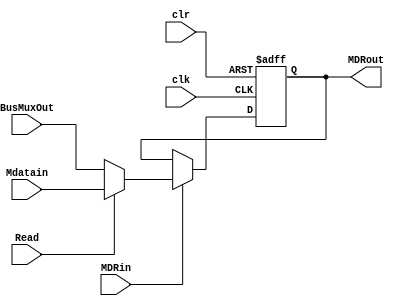
// `include "Modules/mux21_32bit.v"
// `include "Modules/dff_32bit.v"

module MDR (input Read, clr, clk, MDRin, input [31: 0]BusMuxOut, Mdatain, output reg [31:0] MDRout);


	reg [31:0]MDMuxOut;

    // multiplexer logic
	 //mux21_32_bit myMuxyMux(BusMuxOut, Mdatain, Read, MDMuxOut);
	  always @(BusMuxOut,Mdatain,Read)
    begin
    if(Read)
        MDMuxOut=Mdatain;
    else
        MDMuxOut=BusMuxOut;
    end    
	 
	 
    // flip flop logic
    //dff_32_bit myDff (clk, clr, MDRin, MDMuxOut, MDRout);
		 always@(posedge clk or negedge clr)
    begin
            if(clr == 0) MDRout <= 00000000000000000000000000000000; //32 zeros
            else if(MDRin) MDRout <= MDMuxOut;
    end	
	 
endmodule